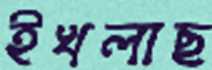
ইখলাছ